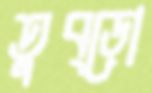
তুব্‌ড়ো